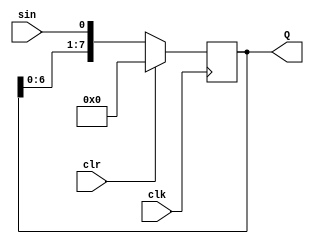
module shift8(clk,sin,clr,Q);
input sin,clk,clr;
output reg[7:0]Q;

always@(negedge clk)
  Q<=(clr)?8'd0:{Q[6:0],sin};
  
endmodule